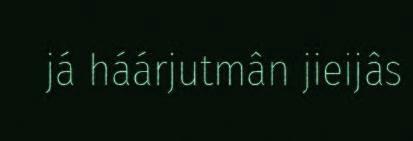
já háárjutmân jieijâs